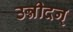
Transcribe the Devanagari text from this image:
उन्नीदन्